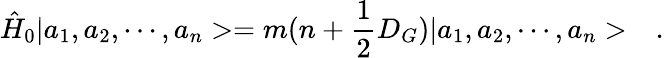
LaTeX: \hat{H}_{0}|a_{1},a_{2},\cdots,a_{n}>=m(n+\frac{1}{2}D_{G})|a_{1},a_{2},\cdots,a_{n}>\ \ \ .